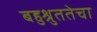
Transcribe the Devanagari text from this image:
बहुश्रुततेचा